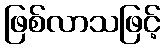
ဖြစ်လာသဖြင့်